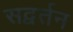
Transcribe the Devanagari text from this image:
सद्वर्तन